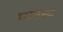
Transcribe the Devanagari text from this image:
घनिस्ट